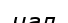
чал